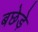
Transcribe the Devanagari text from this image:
बछेड़े